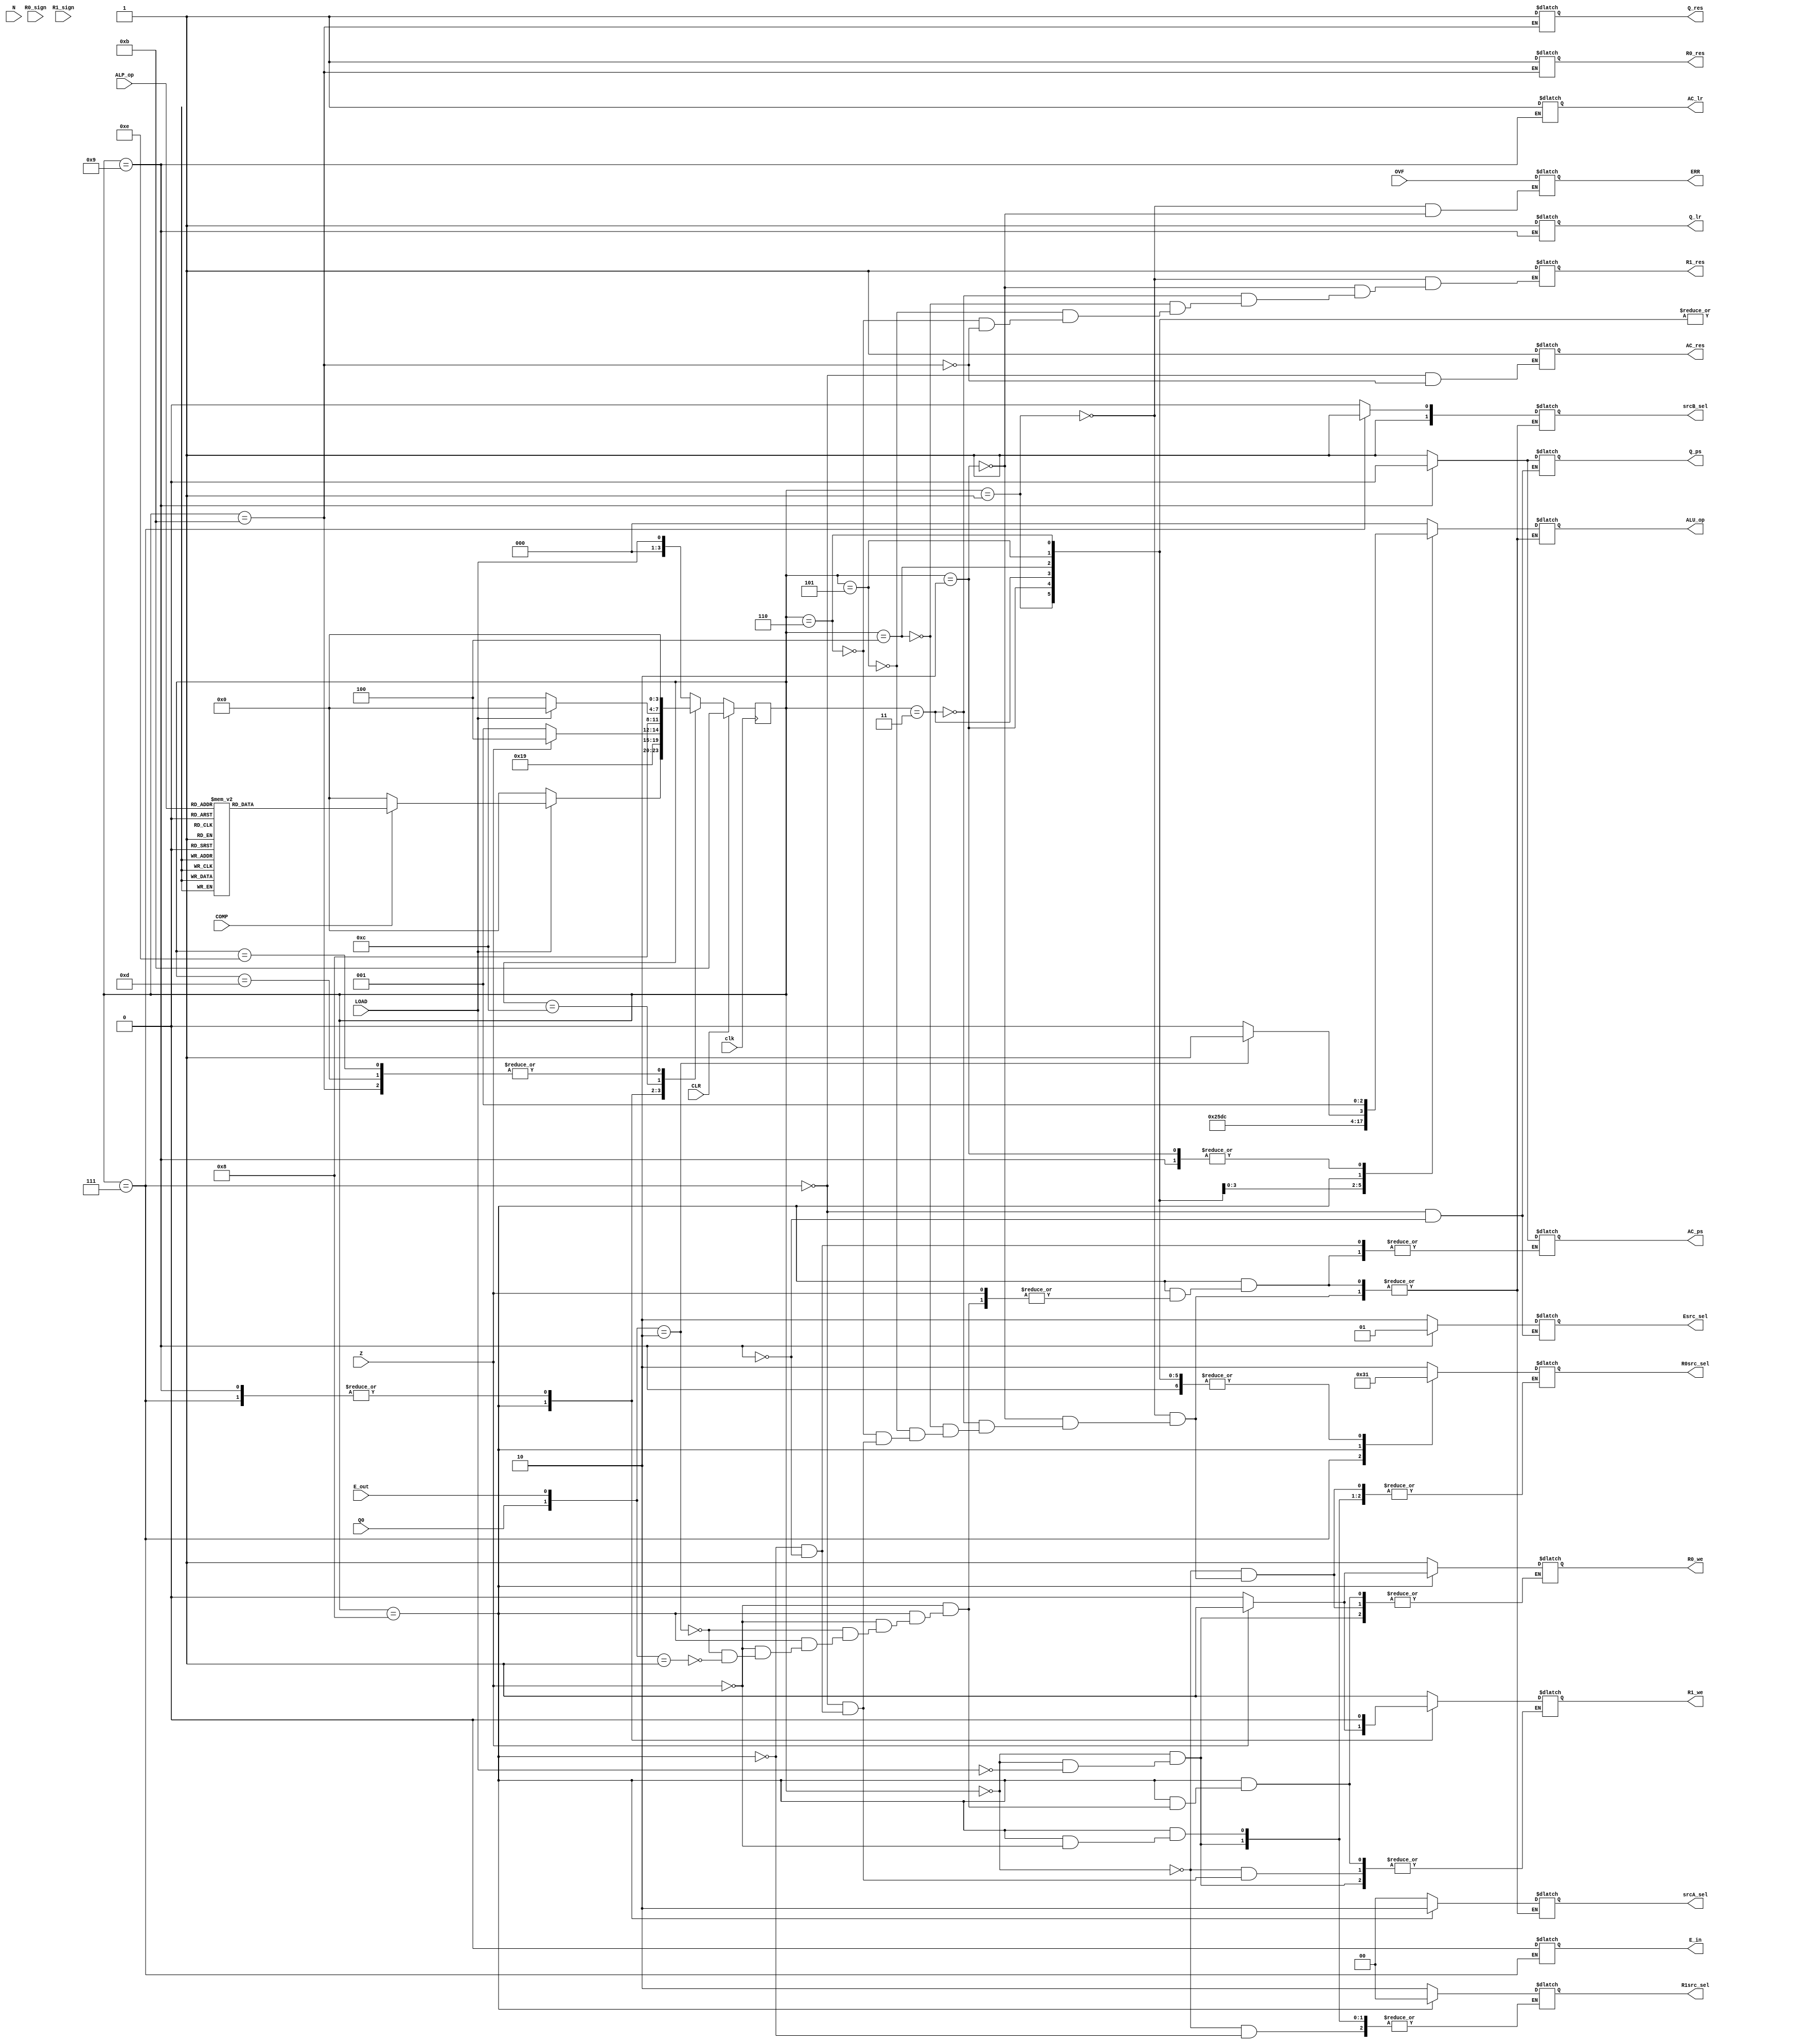
module Controller(R0_sign,R1_sign,OVF,Z,N,E_out,clk,LOAD,COMP,CLR,Q0,ALP_op,
					R0_we,R1_we,srcA_sel,srcB_sel,ALU_op,AC_lr,AC_ps,
					Q_lr,Q_ps,R0src_sel,R1src_sel,R0_res,R1_res,AC_res,Q_res,ERR,E_in,Esrc_sel);
					
					input wire R0_sign,R1_sign,OVF,Z,N,E_out,clk,LOAD,COMP,CLR,Q0;
					input wire [2:0] ALP_op;
					
					output reg R0_we,R1_we,AC_lr,AC_ps,Q_lr,Q_ps,R0_res,R1_res,AC_res,Q_res,ERR,E_in;
					
					output reg [1:0] srcA_sel,srcB_sel,R0src_sel,R1src_sel,Esrc_sel;
					output reg [2:0] ALU_op;
					
					parameter SIZE = 4;
					parameter LOADING = 4'b0000,
								 ADD = 4'b0001,
								 SUB = 4'b0010,
								 AND = 4'b0011,
								 OR = 4'b0100,
								 EXOR = 4'b0101,
								 BIC = 4'b0110,
								 MUL = 4'b0111,
								 MUL_START = 4'b1000,
								 MUL_ASR = 4'b1001,
								 CLEAR = 4'b1011,
								 THE_END = 4'b1100,
								 COMPLEMENT0 = 4'b1101,
								 COMPLEMENT1 = 4'b1110;
					
					reg [SIZE-1:0] state,next_state;
					
					always@(state) 
					begin : FSM_Comb
						next_state = LOADING;
						case(state)
							LOADING: begin
								if(LOAD==1) begin
									R0_we=1;
									R1_we=1;
									R1src_sel=2'b10;
									R0src_sel=2'b10;
									if(COMP==1) begin
										case(ALP_op)
											3'b000: next_state = ADD;
											3'b001: next_state = SUB;
											3'b010: next_state = MUL;
											3'b011: next_state = CLEAR;
											3'b100: next_state = AND;
											3'b101: next_state = OR;
											3'b110: next_state = EXOR;
											3'b111: next_state = BIC;
										endcase
									end
									else next_state = LOADING;
								end
							end
							ADD: begin
								ALU_op=3'b000;
								ERR=OVF;
								srcA_sel=2'b00;
								srcB_sel=2'b10;
								R0src_sel=2'b01;
								R1_res=1;
								R0_we=1;
								next_state = THE_END;
							end
							SUB: begin
								ALU_op=3'b001;
								ERR=OVF;
								srcA_sel=2'b00;
								srcB_sel=2'b10;
								R0src_sel=2'b01;
								R1_res=1;
								R0_we=1;
								next_state = THE_END;
							end
							AND: begin
								ALU_op=3'b100;
								srcA_sel=2'b00;
								srcB_sel=2'b10;
								R0src_sel=2'b01;
								R1_res=1;
								R0_we=1;
								next_state = THE_END;
							end
							OR: begin
								ALU_op=3'b101;
								srcA_sel=2'b00;
								srcB_sel=2'b10;
								R0src_sel=2'b01;
								R1_res=1;
								R0_we=1;
								next_state = THE_END;
							end
							EXOR: begin
								ALU_op=3'b110;
								srcA_sel=2'b00;
								srcB_sel=2'b10;
								R0src_sel=2'b01;
								R1_res=1;
								R0_we=1;
								next_state = THE_END;
							end
							BIC: begin
								ALU_op=3'b111;
								srcA_sel=2'b00;
								srcB_sel=2'b10;
								R0src_sel=2'b01;
								R1_res=1;
								R0_we=1;
								next_state = THE_END;
							end
							MUL: begin
								AC_res=1;
								E_in=0;
								srcA_sel=2'b00;
								srcB_sel=2'b11;
								ALU_op=3'b000;
								Q_ps=1;
								R0_we=1;
								R1_we=0;
								R0src_sel=2'b11;
								Esrc_sel=2'b10;
								next_state=MUL_START;
							end
							MUL_START: begin
								if(Z==1) begin
									R0_we=1;
									R1_we=1;
									R0src_sel=2'b00;
									R1src_sel=2'b00;
									next_state = THE_END;
								end
								else begin
									if({Q0,E_out} == 2'b10) begin
										ALU_op=3'b001;
										srcA_sel=2'b10;
										srcB_sel=2'b10;
										R1_we=0;
										R0_we=0;
										AC_ps=1;
										next_state=MUL_ASR;
									end
									else if ({Q0,E_out} == 2'b01) begin
										ALU_op=3'b000;
										srcA_sel=2'b10;
										srcB_sel=2'b10;
										R1_we=0;
										R0_we=0;
										AC_ps=1;
										next_state=MUL_ASR;
									end
									else next_state = MUL_ASR;
								end
							end
							MUL_ASR: begin
								srcA_sel=2'b00;
								srcB_sel=2'b10;
								ALU_op=3'b001;
								R0_we=1;
								R1_we=0;
								R0src_sel=2'b01;
								AC_ps=0;
								AC_lr=1;
								Q_ps=0;
								Q_lr=1;
								Esrc_sel=2'b01;
								next_state=MUL_START;
							end
							CLEAR: begin
								R0_res=1;
								R1_res=1;
								AC_res=1;
								Q_res=1;
								next_state=LOADING;
							end
							THE_END: begin
								if(LOAD==1) next_state=LOADING;
								else next_state=THE_END;
							end
							COMPLEMENT0: begin
								
							end
							COMPLEMENT1: begin
							
							end
							default: next_state = LOAD;
						endcase
					end
					
					always@(posedge clk) 
					begin : FSM_Seq
						if(CLR == 1) state <= CLEAR;
						else state <= next_state;				
					end
					

					
endmodule